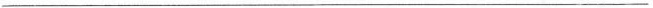
___